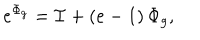
e ^ { \Phi _ { g } } = { \cal I } + \left( e - 1 \right) \Phi _ { g } ,